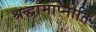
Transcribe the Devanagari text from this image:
श्रद्धामाप्नोति